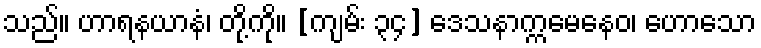
သည်။ ဟာရနယာနံ၊ တို့ကို။ [ကျမ်း ၃၄] ဒေသနာက္ကမေနေဝ၊ ဟောသော